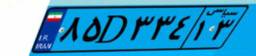
۳۲D۲۲۴۳۸